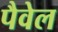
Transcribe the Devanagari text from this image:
पैवेल